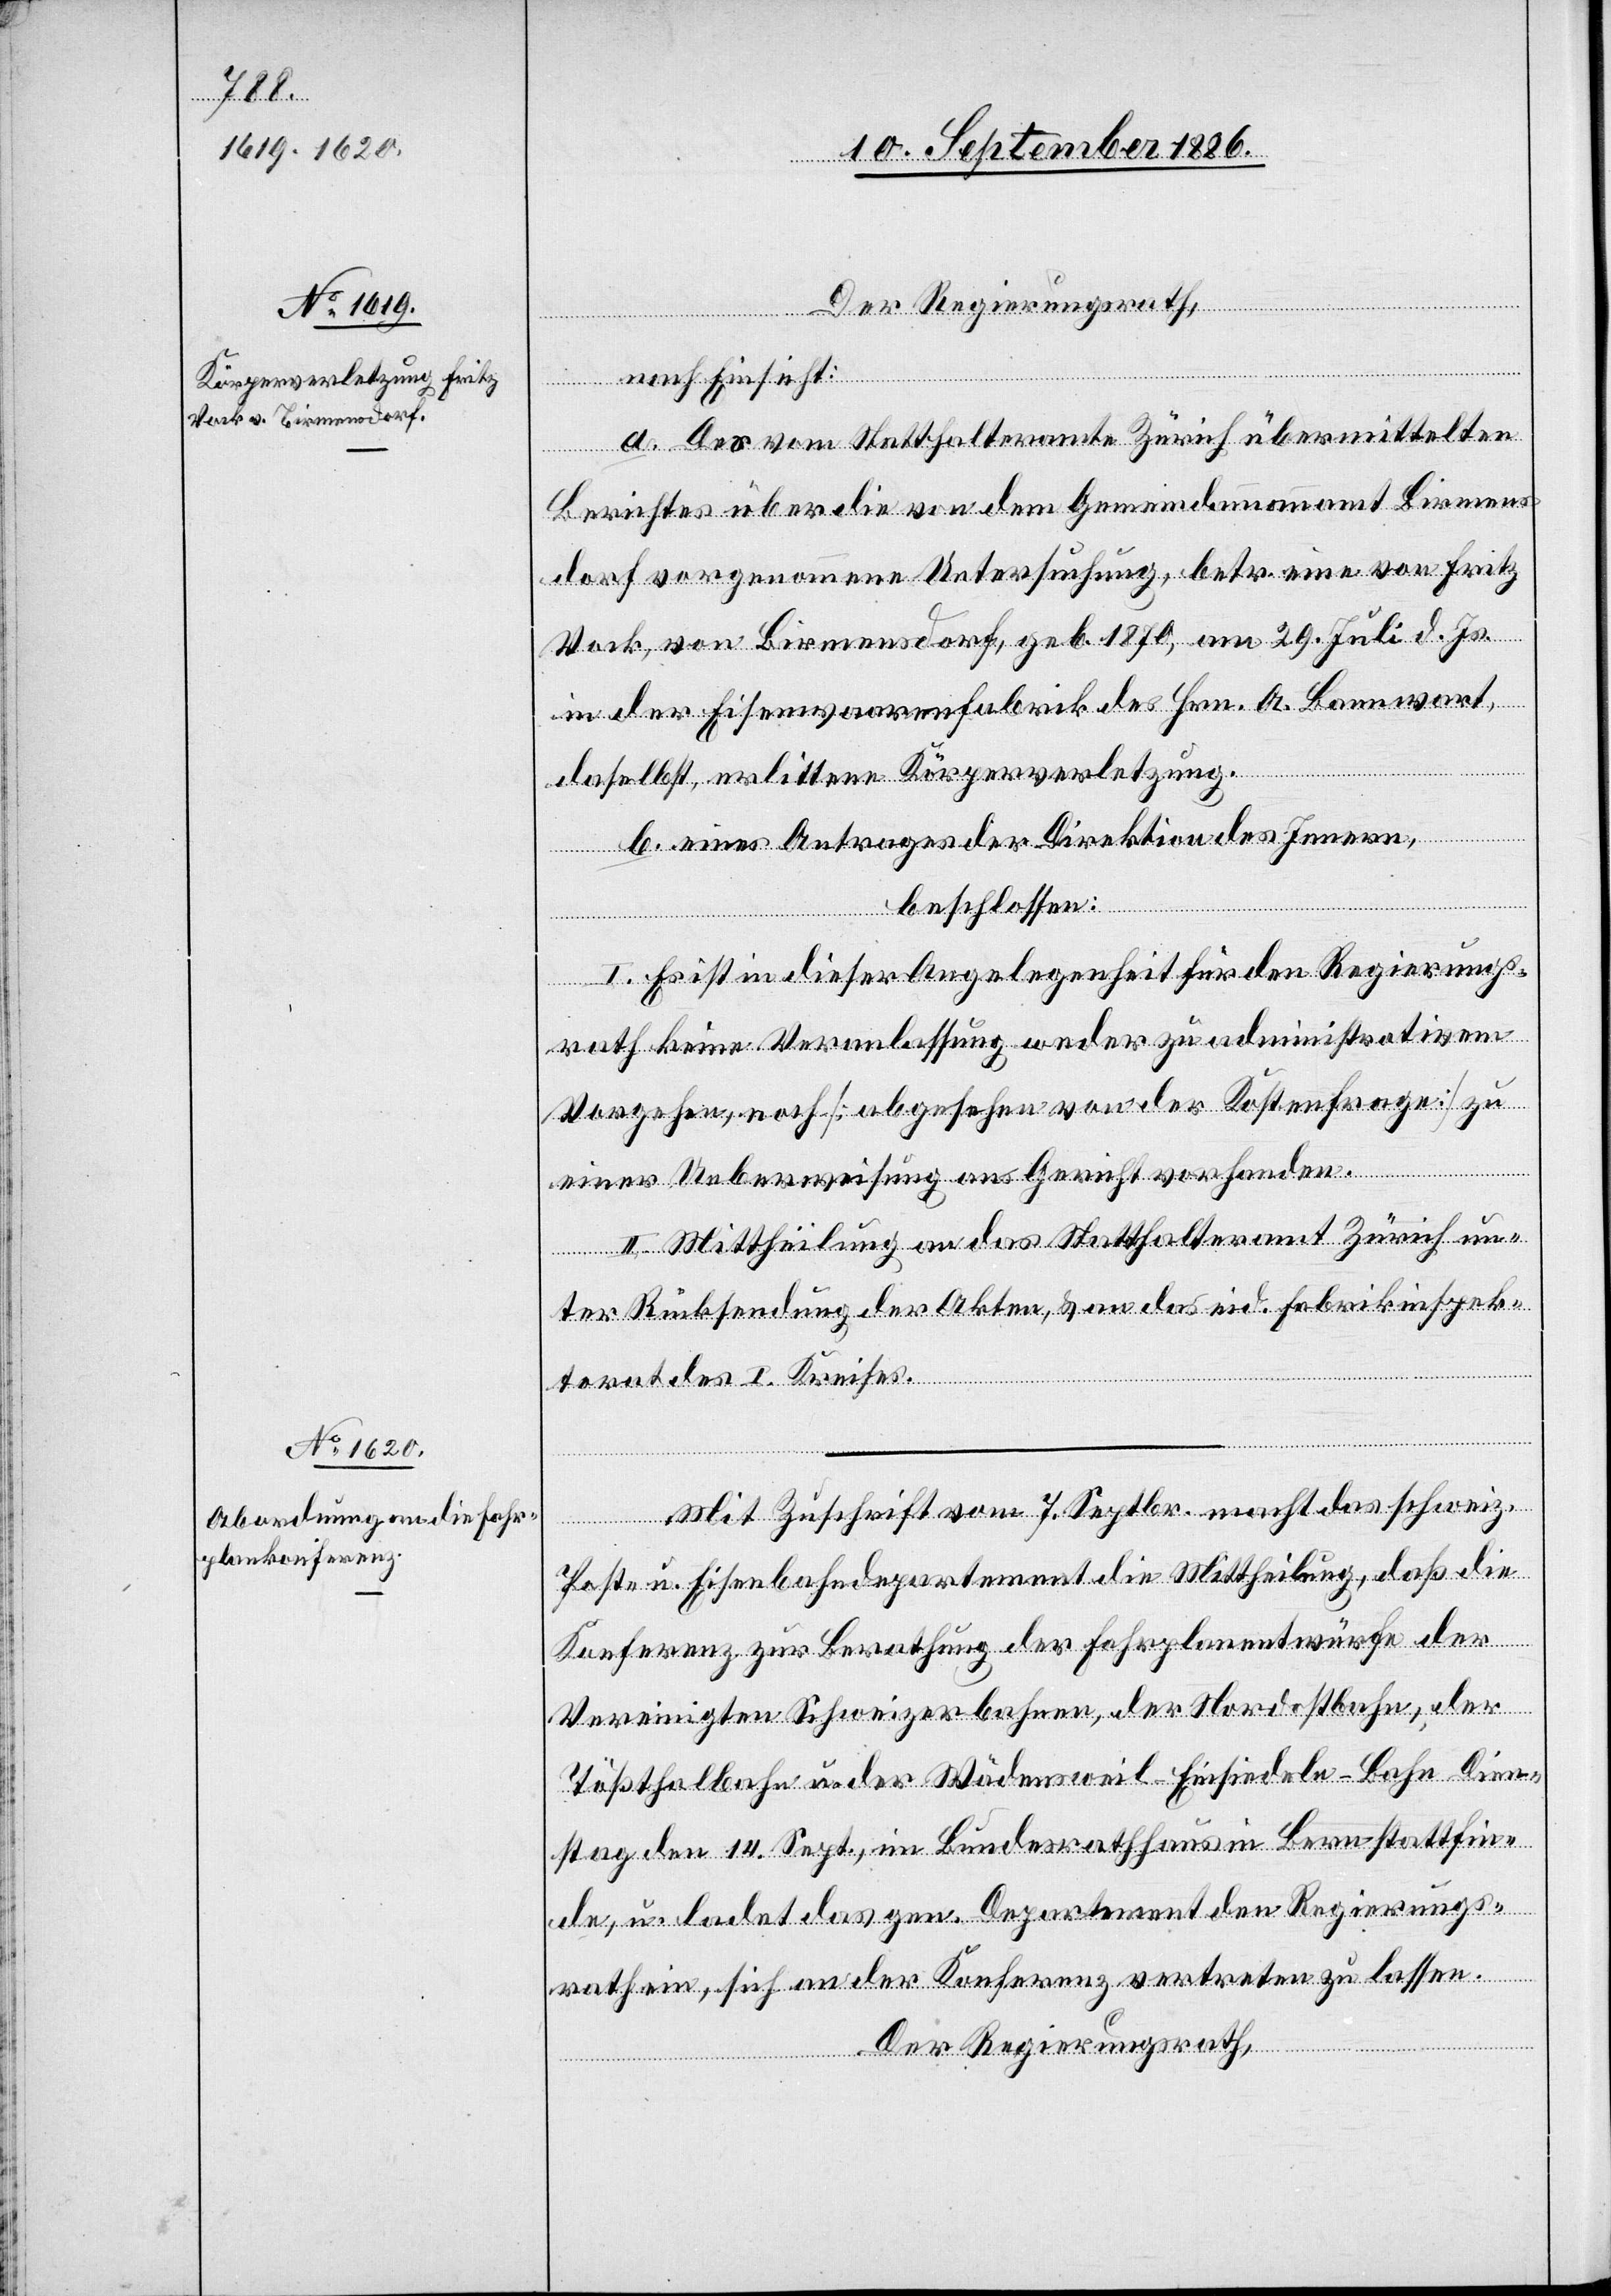
nspek¬

Der Regierungsrath
nach Einsicht:
a. Des vom Statthalteramt Zürich übermittelten
Berichtes über die von dem Gemeindeammannamt Birmens¬
dorf vorgenommene Untersuchung, betr. eine von Fritz
Vock, von Birmensdorf, geb. 1870, am 29. Juli d. Js.
in der Eisenwaarenfabrik des Hrn. A. Bannwart,
endung
daselbst, erlittene Körperverletzung.
b. eines Antrages der Direktion des Innern,
beschlossen:
das
I. Es ist in dieser Angelegenheit für den Regierungs¬
rath keine Veranlassung weder zu administrativem
Vorgehen, noch [abgesehen von der Kostenfrage] zu
einer Ueberweisung ans Gericht vorhanden.
II. Mittheilung an das Statthalteramt unter Rü¬
an
eid.
torat des I. Kreises.
Mit Zuschrift vom 7. Septbr. macht das schweiz.
Post- u. Eisenbahndepartement die Mittheilung, daß die
Konferenz zur Berathung der Fahrplanentwürfe der
Vereinigten Schweizerbahnen, der Nordostbahn, der
Tößthalbahn u. der Wädensweil–Einsiedeln-Bahn Dien¬
stag den 14. Sept., im Bundesrathhaus in Bern stattfin¬
de, u. ladet das gen. Departement den Regierungs¬
rath ein, sich an der Konferenz vertreten zu lassen.
Der Regierungsrath,